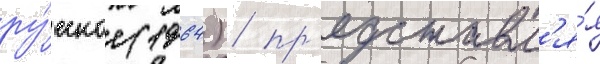
ру́сское (1964) / пр'едставл'я́я